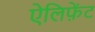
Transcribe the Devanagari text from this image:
ऐलिफ़ेंट